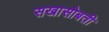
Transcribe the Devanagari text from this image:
सखासोबती